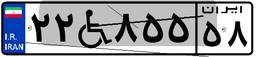
۰۶W۶۷۷۱۲